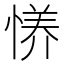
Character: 𫺪